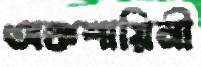
অঙ্কশায়িনী